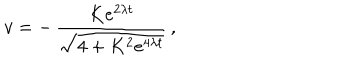
v = - \, \frac { K e ^ { 2 \lambda t } } { \sqrt { 4 + K ^ { 2 } e ^ { 4 \lambda t } } } \, ,